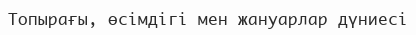
Топырағы, өсімдігі мен жануарлар дүниесі